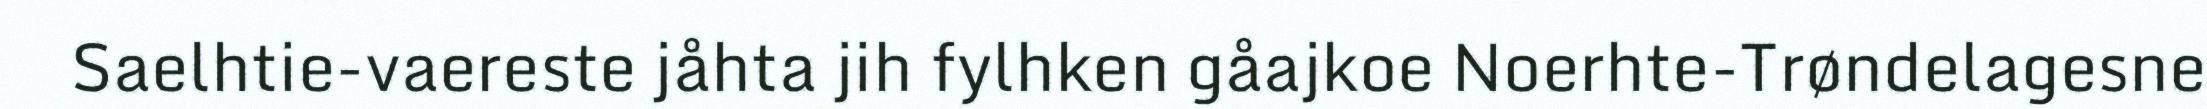
Saelhtie-vaereste jåhta jih fylhken gåajkoe Noerhte-Trøndelagesne